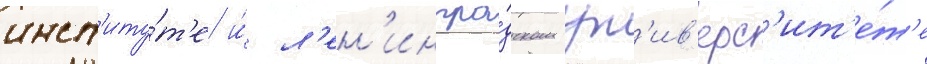
инст'иту́т'е и́ л'ен'ингра́дском ун'ив'ерс'ит'е́т'е